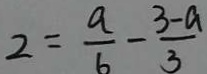
2 = \frac { a } { 6 } - \frac { 3 - a } { 3 }